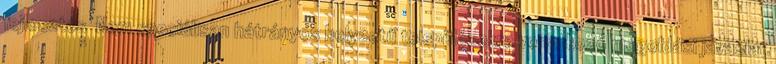
fejlesztés ▪Nem speciálisan hátrányos helyzetű településekre vonatkozó megoldási javaslat